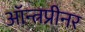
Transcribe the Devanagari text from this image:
ऑन्त्रप्रीनर